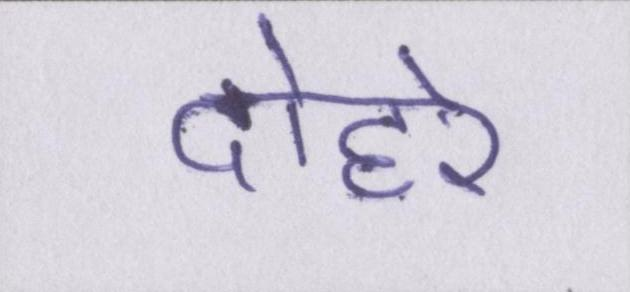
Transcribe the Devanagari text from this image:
दोहरे